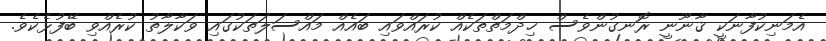
އެމަނިކުފާނަކީ ޤާނޫނީ ރޮނގުންވެސް ޚިދްމަތްތަކެއް ކުރައްވައި ބައެއް މައްސަލަތަކުގައި ވަކާލާތު ކުރެއްވި ބޭފުޅެކެވެ.